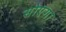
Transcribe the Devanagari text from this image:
सोएगा